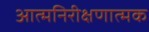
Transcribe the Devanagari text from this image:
आत्मनिरीक्षणात्मक